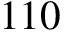
1 1 0